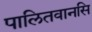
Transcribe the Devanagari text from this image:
पालितवानसि